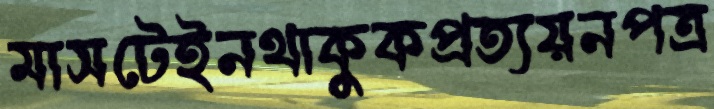
মাসটেইনথাকুকপ্রত্যয়নপত্র